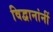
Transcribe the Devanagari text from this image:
विद्वानांनीं